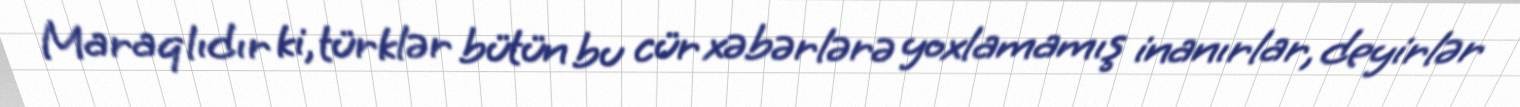
Maraqlıdır ki, türklər bütün bu cür xəbərlərə yoxlamamış inanırlar, deyirlər